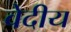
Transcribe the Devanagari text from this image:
वेदीय